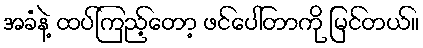
အခံနဲ့ ထပ်ကြည့်တော့ ဖင်ပေါ်တာကို မြင်တယ်။